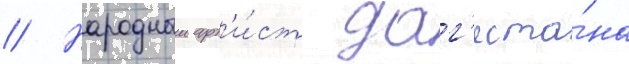
// Народныи арт'и́ст даг'еста́на